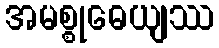
အမစ္စုဓေယျဿ